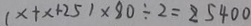
( x + x + 2 5 ) \times 8 0 \div 2 = 2 5 4 0 0